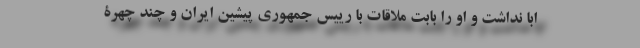
ابا نداشت و او را بابت ملاقات با رییس جمهوری پیشین ایران و چند چهرۀ